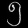
Digit: ၅